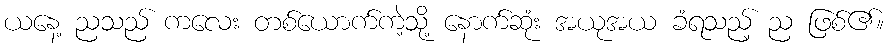
ယနေ့ ညသည် ကလေး တစ်ယောက်ကဲ့သို့ နောက်ဆုံး အယုအယ ခံရသည့် ည ဖြစ်၏။